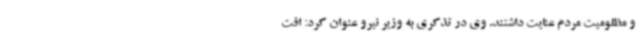
و مظلومیت مردم عنایت داشتند. وی در تذکری به وزیر نیرو عنوان کرد: افت